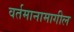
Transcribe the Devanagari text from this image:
वर्तमानामागील